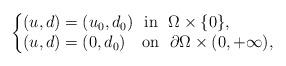
LaTeX: \begin{align*}\begin{cases}\begin{aligned}(u, d)&=(u_0, d_0) \ \ {\rm{in}} \ \ \Omega\times \{0\},\\(u,d)&=(0,d_0)\ \ \ {\rm{on}} \ \ \partial\Omega\times (0,+\infty),\end{aligned}\end{cases}\end{align*}